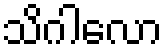
သိဂါလော